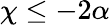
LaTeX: \chi\leq-2\alpha